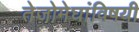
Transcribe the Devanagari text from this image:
तेजोमेघांविषयी